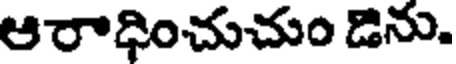
ఆరాధించుచుం డెను,